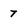
Character: 7